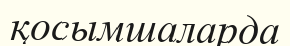
қосымшаларда